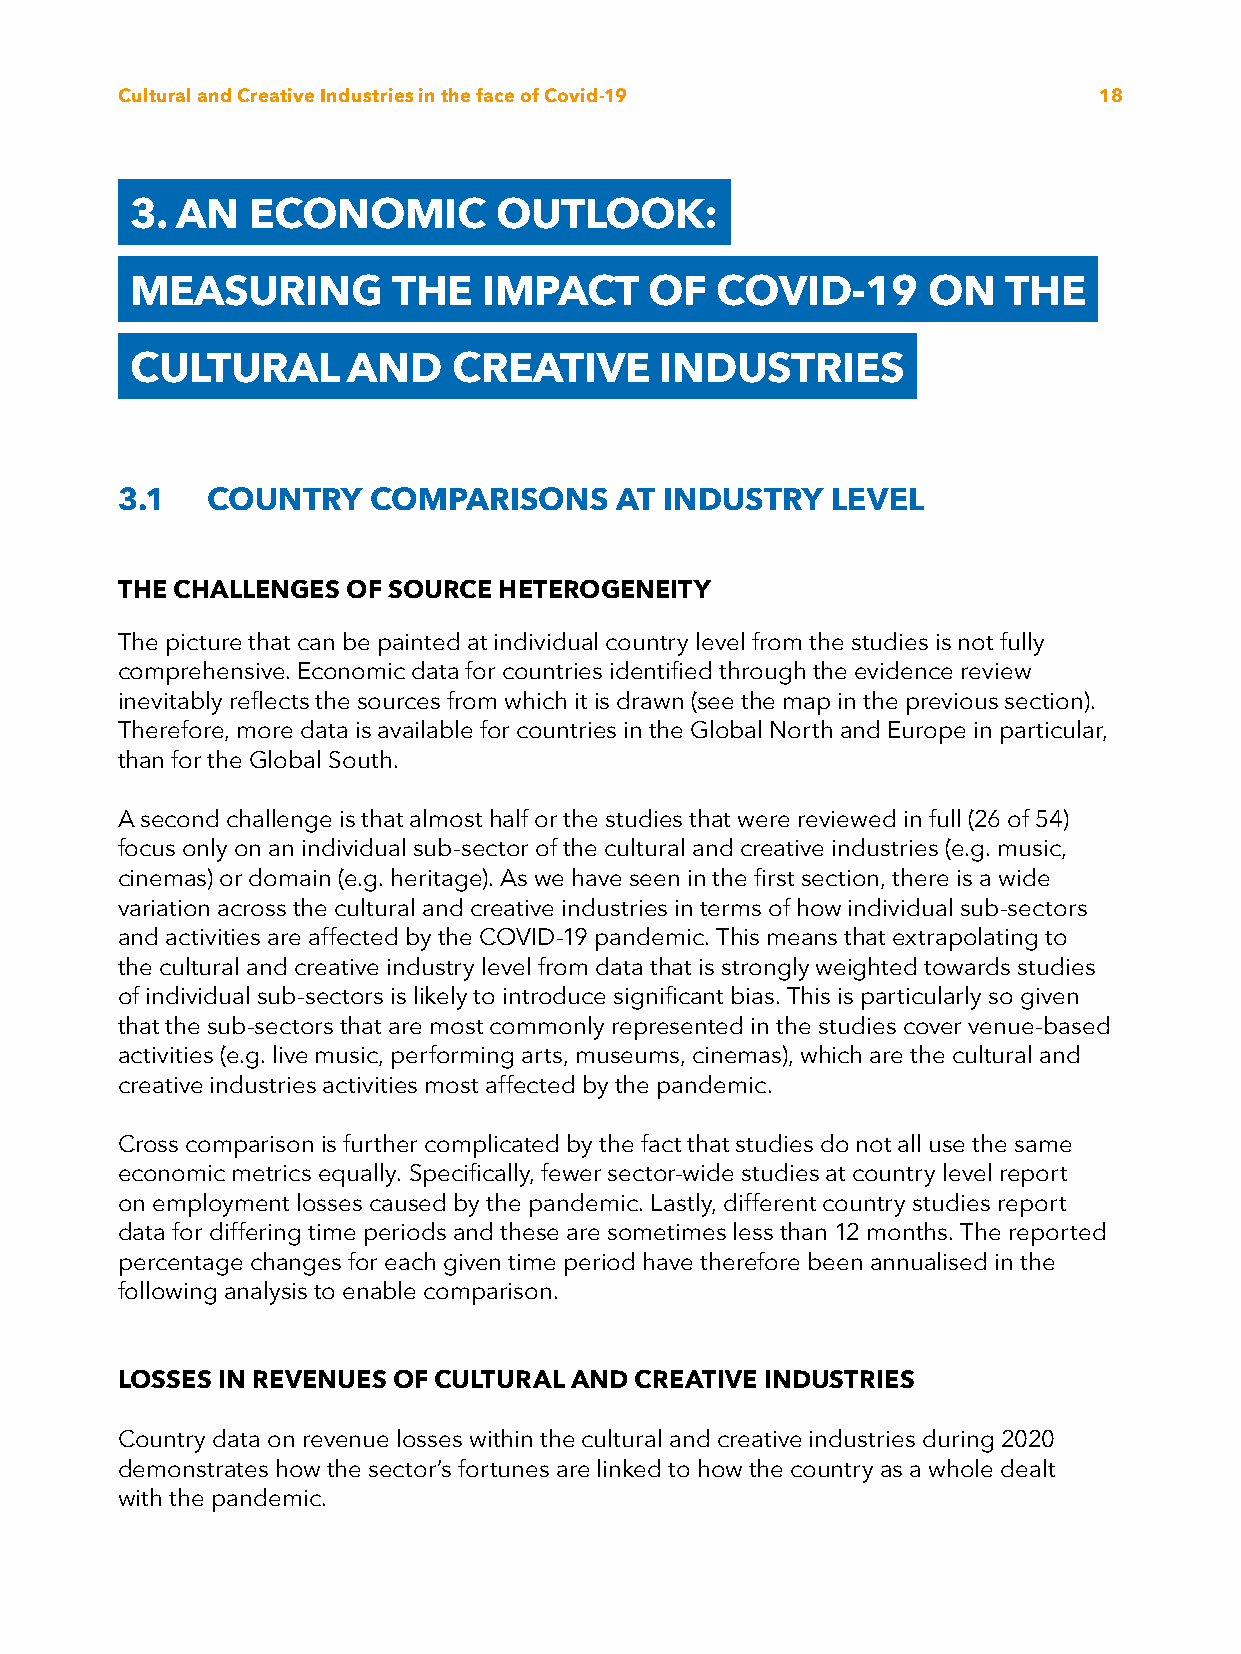
Cultural and Creative Industries in the face of Covid-19         18
 3. AN  ECONOMIC         OUTLOOK:
 MEASURING        THE   IMPACT     OF  COVID-19      ON    THE
 CULTURAL      AND    CREATIVE      INDUSTRIES
 3.1   COUNTRY   COMPARISONS      AT INDUSTRY   LEVEL
 THE CHALLENGES OF SOURCE HETEROGENEITY
 The picture that can be painted at individual country level from the studies is not fully
 comprehensive. Economic data for countries identified through the evidence review
 inevitably reflects the sources from which it is drawn (see the map in the previous section).
 Therefore, more data is available for countries in the Global North and Europe in particular,
 than for the Global South.
 A second challenge is that almost half or the studies that were reviewed in full (26 of 54)
 focus only on an individual sub-sector of the cultural and creative industries (e.g. music,
 cinemas) or domain (e.g. heritage). As we have seen in the first section, there is a wide
 variation across the cultural and creative industries in terms of how individual sub-sectors
 and activities are affected by the COVID-19 pandemic. This means that extrapolating to
 the cultural and creative industry level from data that is strongly weighted towards studies
 of individual sub-sectors is likely to introduce significant bias. This is particularly so given
 that the sub-sectors that are most commonly represented in the studies cover venue-based
 activities (e.g. live music, performing arts, museums, cinemas), which are the cultural and
 creative industries activities most affected by the pandemic.
 Cross comparison is further complicated by the fact that studies do not all use the same
 economic metrics equally. Specifically, fewer sector-wide studies at country level report
 on employment losses caused by the pandemic. Lastly, different country studies report
 data for differing time periods and these are sometimes less than 12 months. The reported
 percentage changes for each given time period have therefore been annualised in the
 following analysis to enable comparison.
 LOSSES IN REVENUES OF CULTURAL AND CREATIVE INDUSTRIES
 Country data on revenue losses within the cultural and creative industries during 2020
 demonstrates how the sector’s fortunes are linked to how the country as a whole dealt
 with the pandemic.